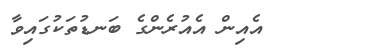
٢٠       އެއިން އެއުރެންގެ ބަނޑުތަކުގައިވާ